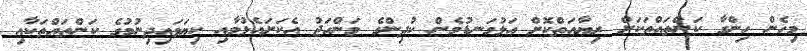
މިހެން ހިންގާ ކަންތައްތަކަށް ރިޔާއަތްކޮށް އަޅުގަނޑުމެން ކުދިންގެ މަންހަޖު އެކަށައެޅުމާއި ކިޔަވައިދިނުމުގެ ކަންތައްތަކާއި